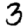
Digit: 3